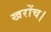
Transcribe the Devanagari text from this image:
खरोंच।